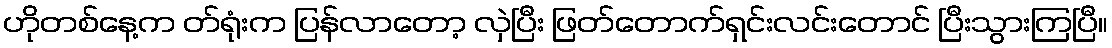
ဟိုတစ်နေ့က တ်ရုံးက ပြန်လာတော့ လှဲပြီး ဖြတ်တောက်ရှင်းလင်းတောင် ပြီးသွားကြပြီ။